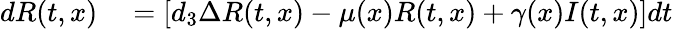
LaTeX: \begin{array}{rl}{dR(t,x)}&{{}=\left[d_{3}\Delta R(t,x)-\mu(x)R(t,x)+{\gamma(x)I(t,x)}\right]dt}\end{array}